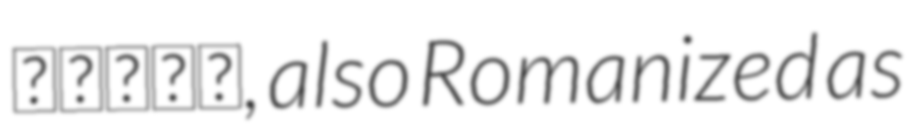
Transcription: گلالك, also Romanized as